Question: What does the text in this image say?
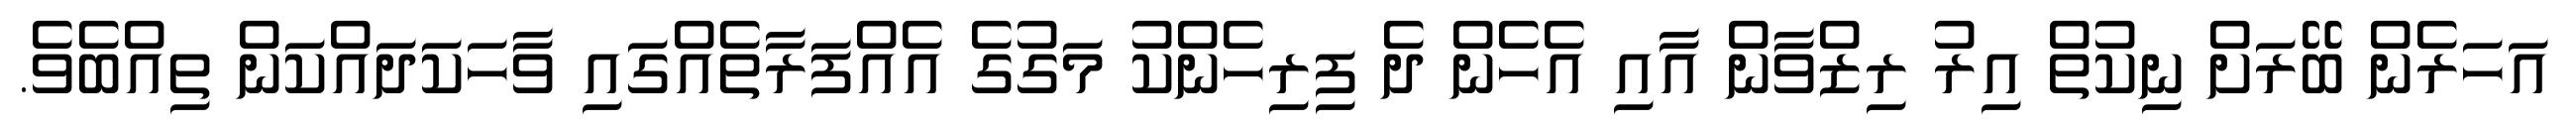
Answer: އަހަރެން ބޭރަށް ނިކުތް އިރު ރިޒްވާން އާއި އެހެން ދެ ފިރިހެންކު މަގުގެ އެއްފަރާތެއްގައި ވާހަކަދައްކަން ތިއްބެވެ.